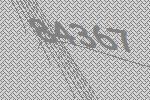
84367